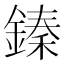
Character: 𨪦